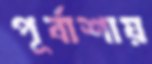
পূর্বাশায়